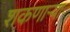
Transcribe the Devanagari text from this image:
शकणार्‍या